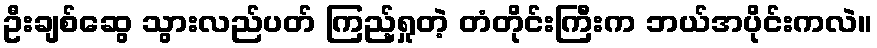
ဦးချစ်ဆွေ သွားလည်ပတ် ကြည့်ရှုတဲ့ တံတိုင်းကြီးက ဘယ်အပိုင်းကလဲ။